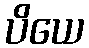
ပိယေ